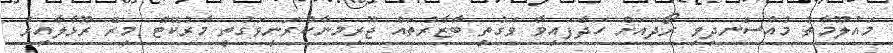
މައުލޫމާތު މުއްސަނދިވި ރޯދައަށް ހަދާފައިވާ ވަގުތީ ބާޒާރުތައް ޖޫރިމަނާކުރަނީވަގުތީ މާރުކޭޓް މިރޭ ރޫޅާލާއިރު